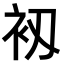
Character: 𧘖